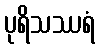
ပုရိသဿရံ